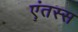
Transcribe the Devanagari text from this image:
एंतस्स